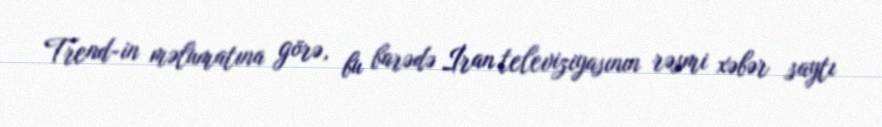
Trend-in məlumatına görə, bu barədə İran televiziyasının rəsmi xəbər saytı